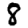
Digit: 8